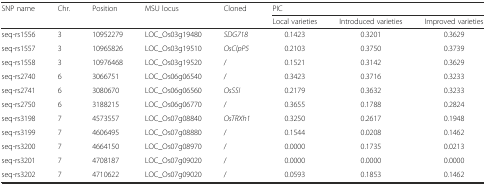
<table><thead><tr><td rowspan="2"><b>SNP name</b></td><td rowspan="2"><b>Chr.</b></td><td rowspan="2"><b>Position</b></td><td rowspan="2"><b>MSU locus</b></td><td rowspan="2"><b>Cloned</b></td><td colspan="3"><b>PIC</b></td></tr><tr><td><b>Local varieties</b></td><td><b>Introduced varieties</b></td><td><b>Improved varieties</b></td></tr></thead><tbody><tr><td>seq-rs1556</td><td>3</td><td>10952279</td><td>LOC_Os03g19480</td><td><i>SDG718</i></td><td>0.1423</td><td>0.3201</td><td>0.3629</td></tr><tr><td>seq-rs1557</td><td>3</td><td>10965826</td><td>LOC_Os03g19510</td><td><i>OsClpP5</i></td><td>0.2103</td><td>0.3750</td><td>0.3739</td></tr><tr><td>seq-rs1558</td><td>3</td><td>10976468</td><td>LOC_Os03g19520</td><td>/</td><td>0.1521</td><td>0.3142</td><td>0.3629</td></tr><tr><td>seq-rs2740</td><td>6</td><td>3066751</td><td>LOC_Os06g06540</td><td>/</td><td>0.3423</td><td>0.3716</td><td>0.3233</td></tr><tr><td>seq-rs2741</td><td>6</td><td>3080670</td><td>LOC_Os06g06560</td><td><i>OsSSI</i></td><td>0.2179</td><td>0.3632</td><td>0.3233</td></tr><tr><td>seq-rs2750</td><td>6</td><td>3188215</td><td>LOC_Os06g06770</td><td>/</td><td>0.3655</td><td>0.1788</td><td>0.2824</td></tr><tr><td>seq-rs3198</td><td>7</td><td>4573557</td><td>LOC_Os07g08840</td><td><i>OsTRXh1</i></td><td>0.3250</td><td>0.2617</td><td>0.1948</td></tr><tr><td>seq-rs3199</td><td>7</td><td>4606495</td><td>LOC_Os07g08880</td><td>/</td><td>0.1544</td><td>0.0208</td><td>0.1462</td></tr><tr><td>seq-rs3200</td><td>7</td><td>4664150</td><td>LOC_Os07g08970</td><td>/</td><td>0.0000</td><td>0.1735</td><td>0.0213</td></tr><tr><td>seq-rs3201</td><td>7</td><td>4708187</td><td>LOC_Os07g09020</td><td>/</td><td>0.0000</td><td>0.0000</td><td>0.0000</td></tr><tr><td>seq-rs3202</td><td>7</td><td>4710622</td><td>LOC_Os07g09020</td><td>/</td><td>0.0593</td><td>0.1853</td><td>0.1462</td></tr></tbody></table>